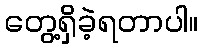
တွေ့ရှိခဲ့ရတာပါ။